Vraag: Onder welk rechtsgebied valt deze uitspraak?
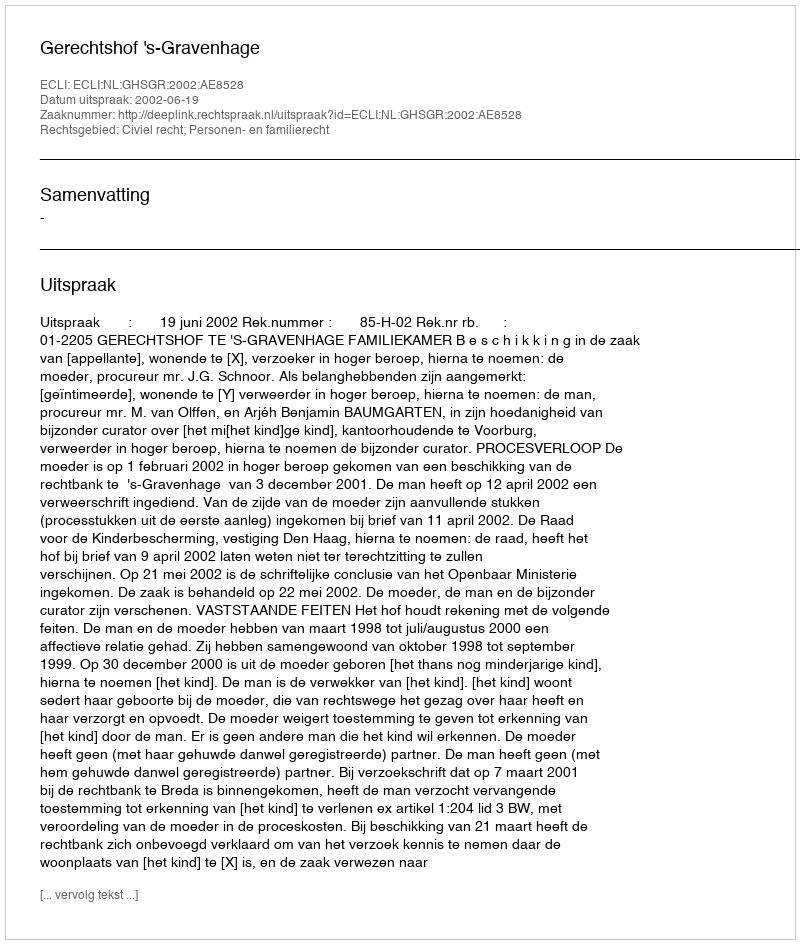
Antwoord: Civiel recht; Personen- en familierecht